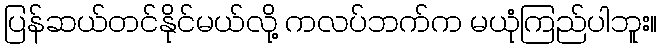
ပြန်ဆယ်တင်နိုင်မယ်လို့ ကလပ်ဘက်က မယုံကြည်ပါဘူး။